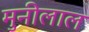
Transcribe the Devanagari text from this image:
मुनीलाल